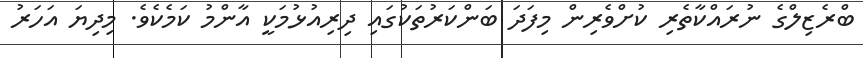
ބްރެޒިލްގެ ނުރައްކާތެރި ކުށްވެރިން މިފަދަ ބަންކަރުތަކުގައި ދިރިއުޅުމަކީ އާންމު ކަމެކެވެ. މިދިޔަ އަހަރު